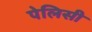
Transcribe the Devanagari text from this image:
पेलिसी